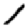
Digit: 1